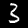
Label: 3